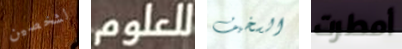
لشخصين للعلوم السخيف أمطرت